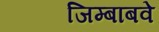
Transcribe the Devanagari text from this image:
जिम्बाबवे